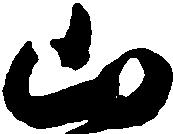
山